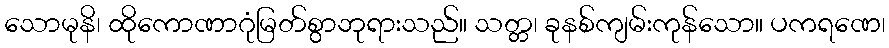
သောမုနိ၊ ထိုကောဏာဂုံမြတ်စွာဘုရားသည်။ သတ္တ၊ ခုနစ်ကျမ်းကုန်သော။ ပကရဏေ၊